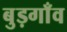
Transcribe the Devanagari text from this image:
बुड़गाँव